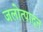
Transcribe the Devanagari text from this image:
जलोत्पादन